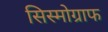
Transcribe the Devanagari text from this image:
सिस्मोग्राफ